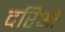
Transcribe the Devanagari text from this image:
दरिओ